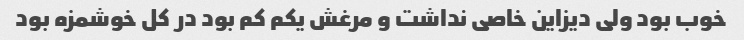
خوب بود ولی دیزاین خاصی نداشت و مرغش یکم کم بود در کل خوشمزه بود